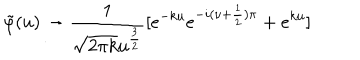
\tilde { \varphi } ( u ) \rightarrow \frac { 1 } { \sqrt { 2 \pi k } u ^ { \frac { 3 } { 2 } } } [ e ^ { - k u } e ^ { - i ( \nu + \frac { 1 } { 2 } ) \pi } + e ^ { k u } ]